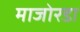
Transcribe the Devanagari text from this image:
माजोरडा